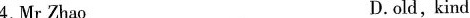
4.Mr Zhao D.old, kind